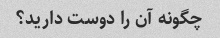
چگونه آن را دوست دارید؟